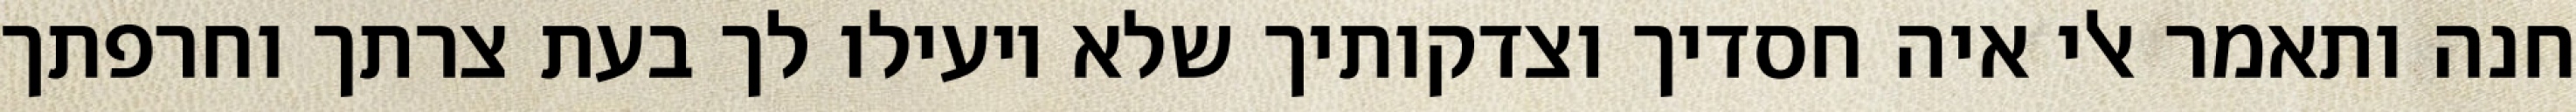
חנה ותאמר אלי איה חסדיך וצדקותיך שלא יועילו לך בעת צרתך וחרפתך